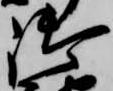
御